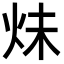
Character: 𪸙